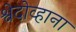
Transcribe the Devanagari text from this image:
श्वेदोव्हाना